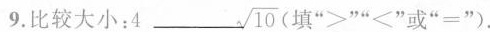
9.比较大小：4 ___\sqrt{10}( 填”>””<”或”≡”)。